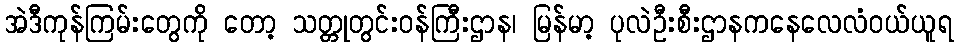
အဲဒီကုန်ကြမ်းတွေကို တော့ သတ္တုတွင်းဝန်ကြီးဌာန၊ မြန်မာ့ ပုလဲဦးစီးဌာနကနေလေလံဝယ်ယူရ